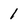
Character: 1